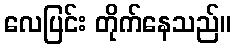
လေပြင်း တိုက်နေသည်။